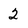
Character: 2